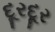
દૂરદૂર